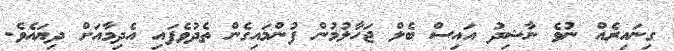
ގިނައިރެއް ނުވެ ނާޝިދު އައިސް ބެލް ޖަހާލުމުން ފުންމައިގެން ތެދުވެފައި އެދިމާއަށް ދިޔައެވެ.